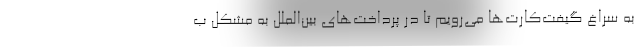
به سراغ گیفت‌کارت‌ها می‌رویم تا در پرداخت‌های بین‌الملل به مشکل ب